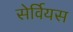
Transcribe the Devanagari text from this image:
सेर्वियस